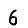
Digit: 6